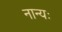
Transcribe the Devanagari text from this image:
नान्यः